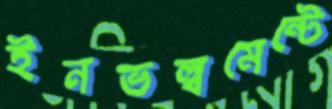
ইনভল্বমেন্টে